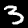
Digit: 3